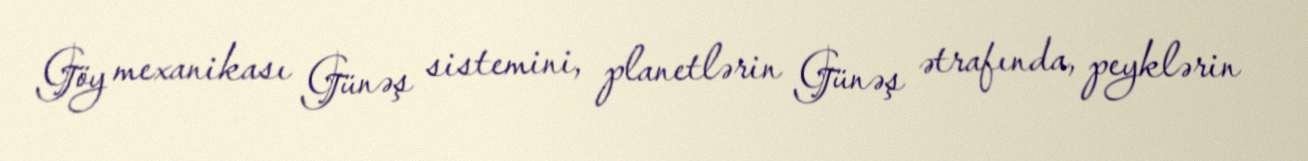
Göy mexanikası Günəş sistemini, planetlərin Günəş ətrafında, peyklərin